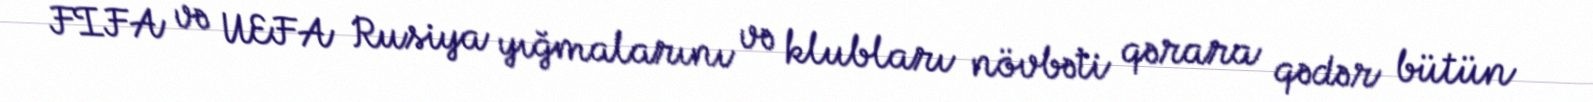
FIFA və UEFA Rusiya yığmalarını və klubları növbəti qərara qədər bütün